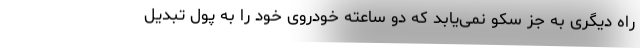
راه دیگری به جز سکو نمی‌یابد که دو ساعته خودروی خود را به پول تبدیل